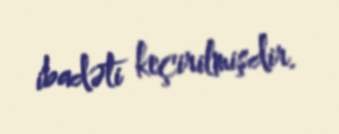
ibadəti keçirilmişdir.